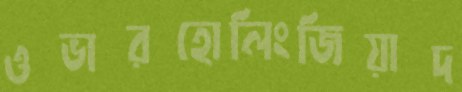
ওভারহোলিংজিয়াদ